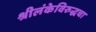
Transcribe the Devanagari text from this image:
श्रीलंकेविरुद्धचा